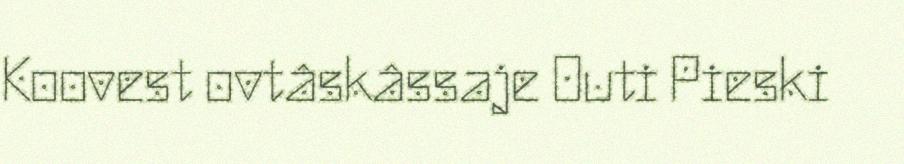
Koovest ovtâskâssaje Outi Pieski